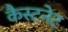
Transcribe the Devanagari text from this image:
कैस्टनेट